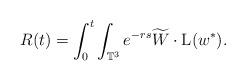
LaTeX: \begin{align*}R(t)=\int^{t}_{0}\int_{\mathbb{T}^3} e^{-rs}\widetilde{W}\cdot\mathrm{L}(w^*).\end{align*}